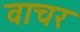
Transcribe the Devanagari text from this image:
वाचर